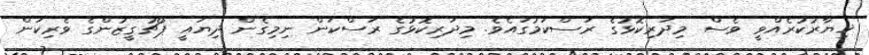
ޚިޔާރުކުރެއްވީ ވެސް މިދަރިކޮޅުގެ ރަސްކަމުގައެވެ. މިދަރިކޮޅުގެ ރަސްކަން ނިމިގެން ދިޔައީ ޕޯޗުގީޒުންގެ ވެރިކަން